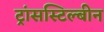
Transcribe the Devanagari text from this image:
ट्रांसस्टिल्बीन